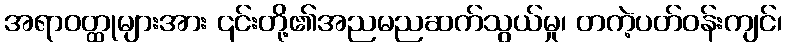
အရာဝတ္ထုများအား ၎င်းတို့၏အညမညဆက်သွယ်မှု၊ တကဲ့ပတ်ဝန်းကျင်၊